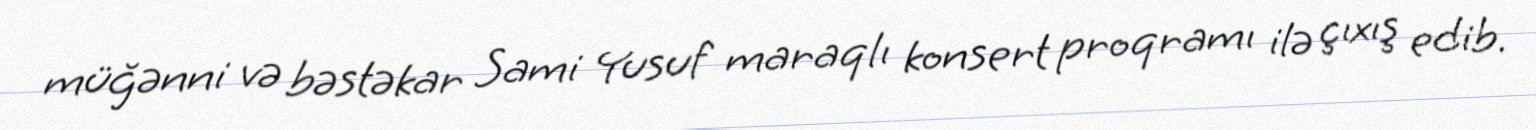
müğənni və bəstəkar Sami Yusuf maraqlı konsert proqramı ilə çıxış edib.